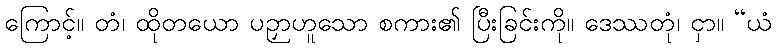
ကြောင့်။ တံ၊ ထိုတယော ပဉှာဟူသော စကား၏ ပြီးခြင်းကို။ ဒေဿတုံ၊ ငှာ။ “ယံ